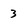
Character: 3